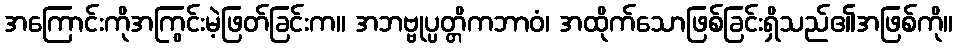
အကြောင်းကိုအကြွင်းမဲ့ဖြတ်ခြင်းက။ အဘဗ္ဗုပ္ပတ္တိကဘာဝံ၊ အထိုက်သောဖြစ်ခြင်းရှိသည်၏အဖြစ်ကို။